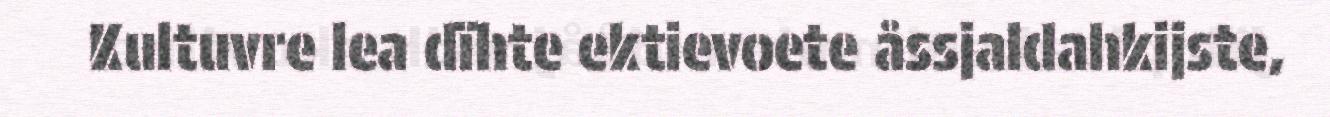
Kultuvre lea dïhte ektievoete åssjaldahkijste,